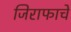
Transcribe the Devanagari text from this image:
जिराफाचे